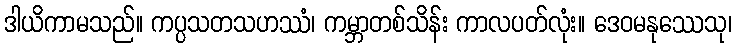
ဒါယိကာမသည်။ ကပ္ပသတသဟဿံ၊ ကမ္ဘာတစ်သိန်း ကာလပတ်လုံး။ ဒေဝမနုဿေသု၊